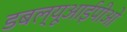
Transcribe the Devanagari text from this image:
डबल्यूआईपीओ